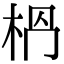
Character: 𣐶